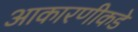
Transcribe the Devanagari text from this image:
आकारणीकडे